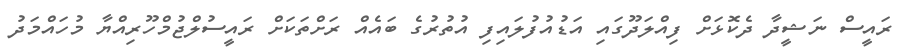
ރައީސް ނަޝީދާ ދެކޮޅަށް ފިއްލަދޫގައި އަޑުއުފުލައިފި އުތުރުގެ ބައެއް ރަށްތަކަށް ރައީސުލްޖުމްހޫރިއްޔާ މުހައްމަދު